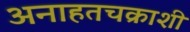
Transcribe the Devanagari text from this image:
अनाहतचक्राशी